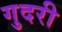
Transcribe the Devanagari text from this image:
गुदरी